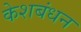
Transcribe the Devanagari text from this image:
केशबंधन